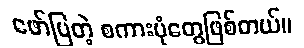
ဖော်ပြတဲ့ စကားပုံတွေဖြစ်တယ်။